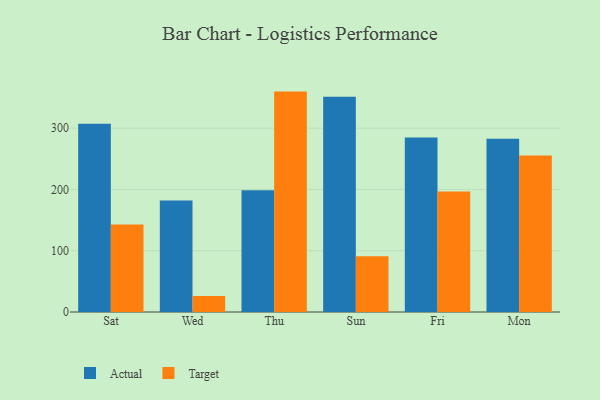
{"axis": {"x": "Day", "y": "Headcount"}, "legend": ["Actual", "Target"], "data": [{"x": "Sat", "y": 307.3, "type": "Actual"}, {"x": "Sat", "y": 143.0, "type": "Target"}, {"x": "Wed", "y": 182.2, "type": "Actual"}, {"x": "Wed", "y": 26.0, "type": "Target"}, {"x": "Thu", "y": 198.6, "type": "Actual"}, {"x": "Thu", "y": 359.8, "type": "Target"}, {"x": "Sun", "y": 351.2, "type": "Actual"}, {"x": "Sun", "y": 90.9, "type": "Target"}, {"x": "Fri", "y": 284.9, "type": "Actual"}, {"x": "Fri", "y": 196.8, "type": "Target"}, {"x": "Mon", "y": 282.7, "type": "Actual"}, {"x": "Mon", "y": 255.4, "type": "Target"}]}